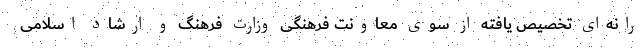
رانه‌ای تخصیص یافته از سوی معاونت فرهنگی وزارت فرهنگ و ارشاد اسلامی